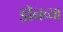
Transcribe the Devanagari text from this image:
डॉनच्या